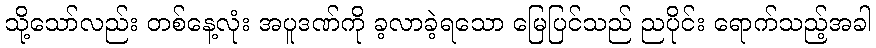
သို့သော်လည်း တစ်နေ့လုံး အပူဒဏ်ကို ခ့လာခဲ့ရသော မြေပြင်သည် ညပိုင်း ရောက်သည့်အခါ